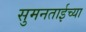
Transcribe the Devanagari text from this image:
सुमनताईच्या